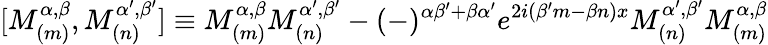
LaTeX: \lbrack M_{(m)}^{\alpha,\beta},M_{(n)}^{\alpha^{\prime},\beta^{\prime}}]\equiv M_{(m)}^{\alpha,\beta}M_{(n)}^{\alpha^{\prime},\beta^{\prime}}-(-)^{\alpha\beta^{\prime}+\beta\alpha^{\prime}}e^{2i(\beta^{\prime}m-\beta n)x}M_{(n)}^{\alpha^{\prime},\beta^{\prime}}M_{(m)}^{\alpha,\beta}